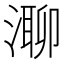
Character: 𣼾